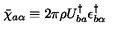
\bar { \chi } _ { a \alpha } \equiv 2 \pi \rho U _ { b a } ^ { \dagger } \epsilon _ { b \alpha } ^ { \dagger }